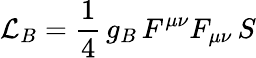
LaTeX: {\cal L}_{B}=\frac{1}{4}\, g_{B}\, F^{\mu\nu}F_{\mu\nu}\, S